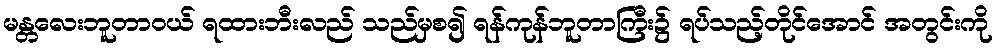
မန္တလေးဘူတာဝယ် ရထားဘီးလည် သည်မှစ၍ ရန်ကုန်ဘူတာကြီး၌ ရပ်သည့်တိုင်အောင် အတွင်းကို